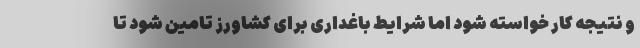
و نتیجه کار خواسته شود اما شرایط باغداری برای کشاورز تامین شود تا